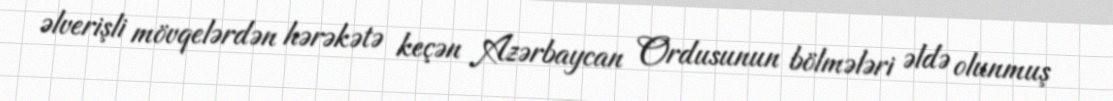
əlverişli mövqelərdən hərəkətə keçən Azərbaycan Ordusunun bölmələri əldə olunmuş